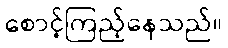
စောင့်ကြည့်နေသည်။